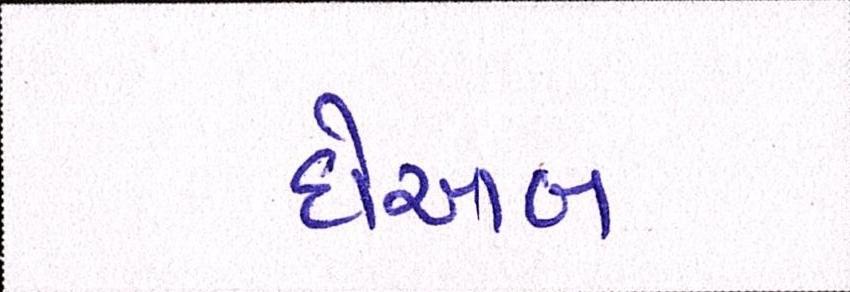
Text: દોઆબ